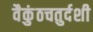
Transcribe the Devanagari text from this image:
वैकुंठचतुर्दशी